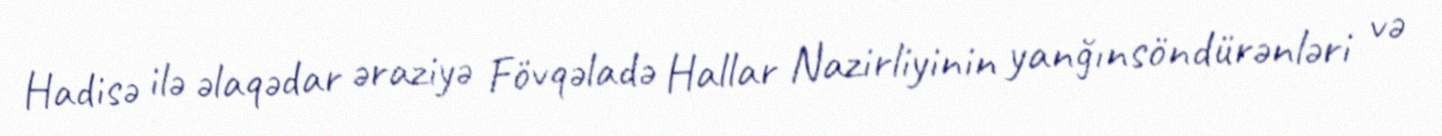
Hadisə ilə əlaqədar əraziyə Fövqəladə Hallar Nazirliyinin yanğınsöndürənləri və